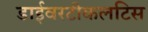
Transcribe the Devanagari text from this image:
डाईवरटीकलटिस